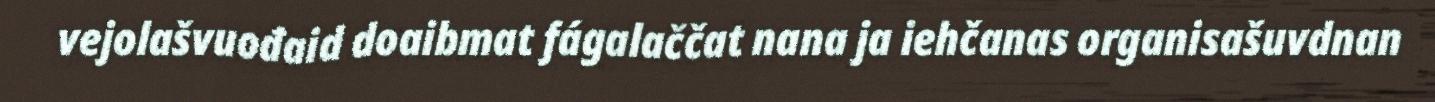
vejolašvuođaid doaibmat fágalaččat nana ja iehčanas organisašuvdnan